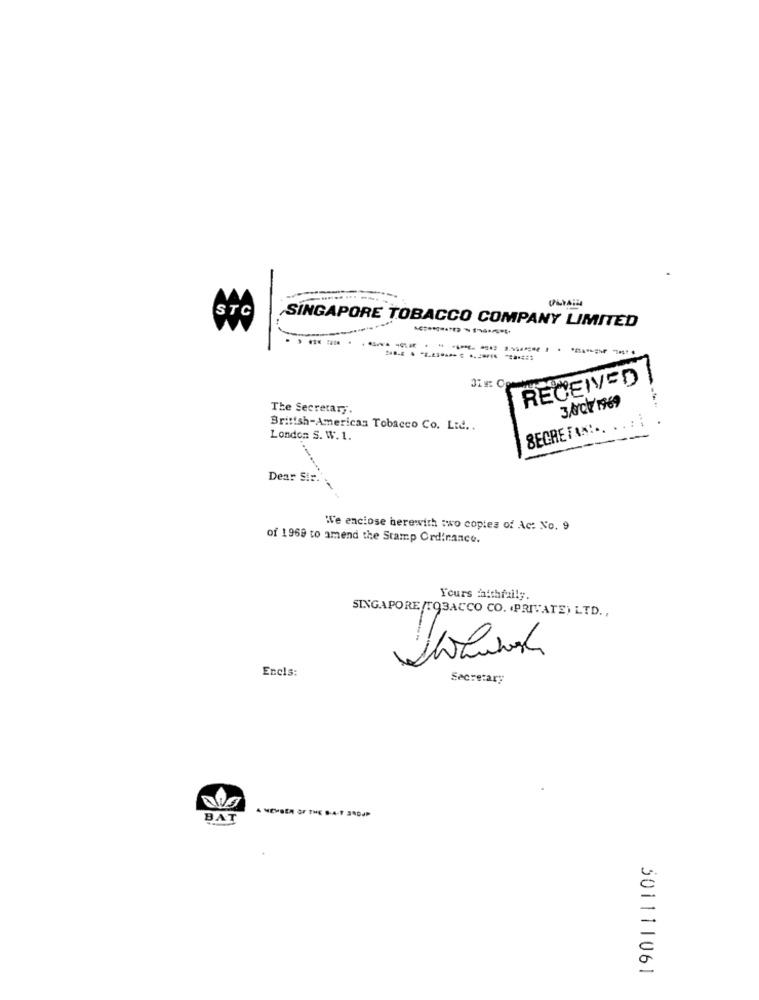
---- --
STC
SINGAPORE TOBACCO COMPANY LIMITED
- ---------
RECEIVED
-
3/rok 19969
The Secretary.
British-American Tobacco Co. Ltd ..
SECRETAN !.. ..
London S. W. 1.
Dear Sir
We enclose herewith two copies of Ac: No. 9
of 1968 to amend the Stamp Ordinance.
Yours faithfully.
SINGAPORE /TOBACCO CO. (PRIVATE) LTD .,
Enels:
Secretary
A MEMBER OF THE B-A- SADAP
BAT
501111061